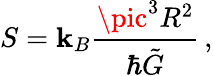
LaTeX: S=\mathbf{k}_{B}\frac{{\pic^{3}R^{2}}}{{\hbar\tilde{{G}}}}\, ,